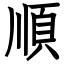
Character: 順